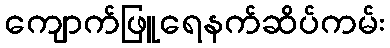
ကျောက်ဖြူရေနက်ဆိပ်ကမ်း